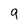
Character: 9